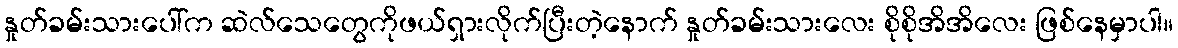
နှုတ်ခမ်းသားပေါ်က ဆဲလ်သေတွေကိုဖယ်ရှားလိုက်ပြီးတဲ့နောက် နှုတ်ခမ်းသားလေး စိုစိုအိအိလေး ဖြစ်နေမှာပါ။